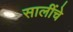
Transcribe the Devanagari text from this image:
सालींचे